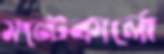
মন্টেকার্লো